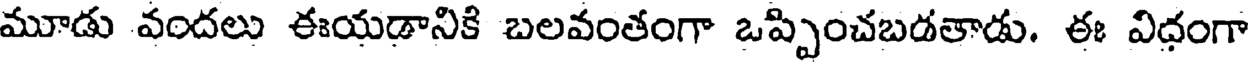
మూడు వందలు ఈయడానికి బలవంతంగా ఒప్పించబడతాడు. ఈ విధంగా